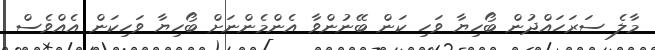
މާލެ ސަރަހައްދުން ބޯހިޔާ ވަހި ކަން ބޭނުންވާ އެންމެންނަށް ބޯހިޔާ ވަހިކަން އެއްވެސް